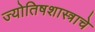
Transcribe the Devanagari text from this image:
ज्योतिषशास्त्राचे